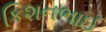
કિશનભાઈ